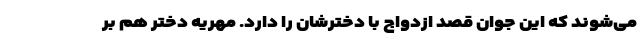
می‌شوند که این جوان قصد ازدواج با دخترشان را دارد. مهریه دختر هم بر